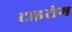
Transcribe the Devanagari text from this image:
टाइरोम